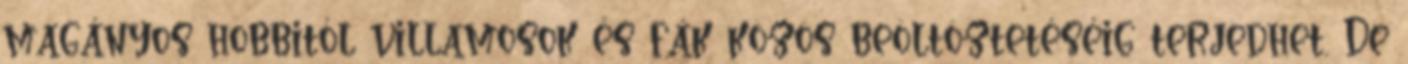
magányos hobbitól villamosok és fák közös beöltöztetéséig terjedhet. De